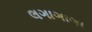
લગાગાગા